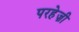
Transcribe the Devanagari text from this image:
परहेज़ी